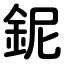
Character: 鈮